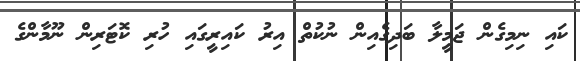
ކައި ނިމިގެން ޖަމީލާ ބަދިގެއިން ނުކުތް އިރު ކައިރީގައި ހުރި ކޮޓަރިން ނޫމާންގެ